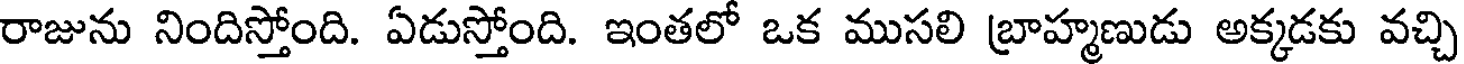
రాజును నిందిస్తోంది. ఏడుస్తోంది. ఇంతలో ఒక ముసలి బ్రాహ్మణుడు అక్కడకు వచ్చి